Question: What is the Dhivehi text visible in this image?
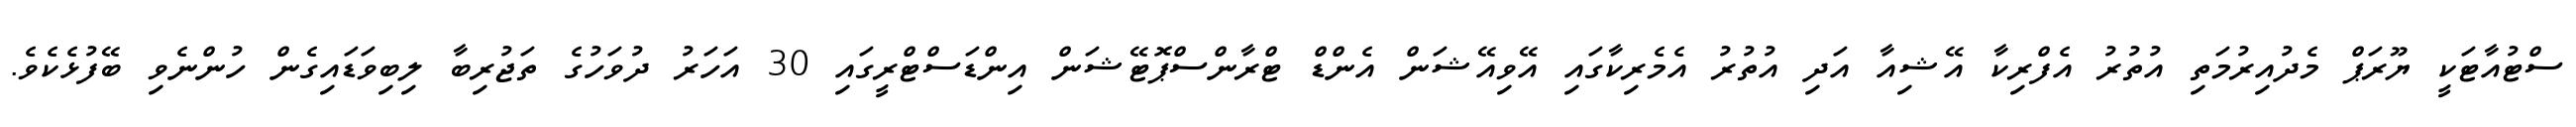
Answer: ސްޓުއާޓަކީ ޔޫރަޕް މެދުއިރުމަތި އުތުރު އެފްރިކާ އޭޝިއާ އަދި އުތުރު އެމެރިކާގައި އޭވިއޭޝަން އެންޑް ޓްރާންސްޕޮޓޭޝަން އިންޑަސްޓްރީގައި 30 އަހަރު ދުވަހުގެ ތަޖުރިބާ ލިބިވަޑައިގެން ހުންނެވި ބޭފުޅެކެވެ.